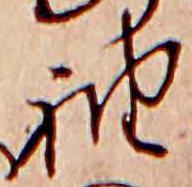
袖